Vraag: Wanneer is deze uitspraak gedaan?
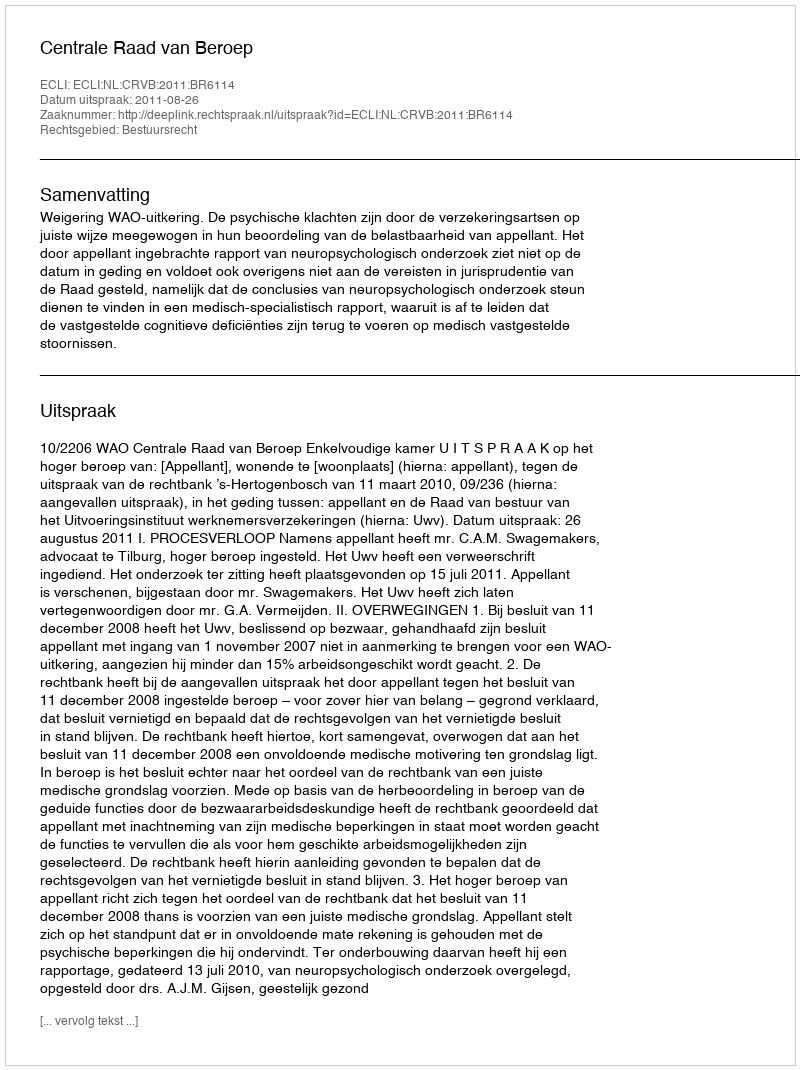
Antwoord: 2011-08-26